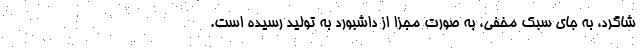
شاگرد، به جای سبک مخفی، به صورت مجزا از داشبورد به تولید رسیده است.